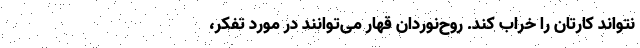
نتواند کارتان را خراب کند. روح‌نوردان قهار می‌توانند در مورد تفکر،